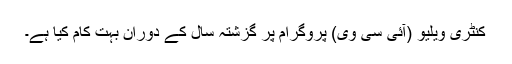
کنٹری ویلیو (آئی سی وی) پروگرام پر گزشتہ سال کے دوران بہت کام کیا ہے۔